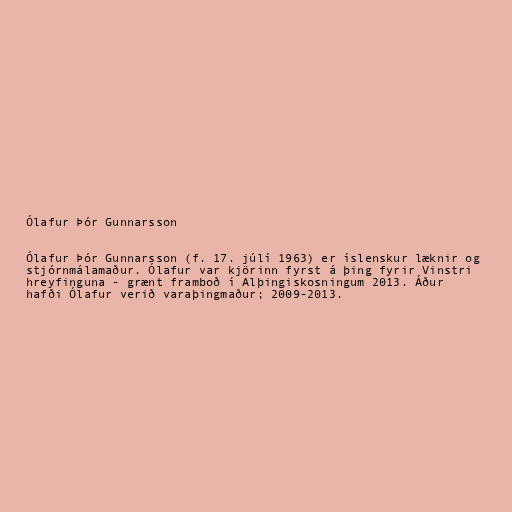
Ólafur Þór Gunnarsson

Ólafur Þór Gunnarsson (f. 17. júlí 1963) er íslenskur læknir og
stjórnmálamaður. Ólafur var kjörinn fyrst á þing fyrir Vinstri
hreyfinguna - grænt framboð í Alþingiskosningum 2013. Áður
hafði Ólafur verið varaþingmaður; 2009-2013.